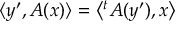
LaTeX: \langle y ^ { \prime } , A ( x ) \rangle = \left\langle { } ^ { t } A ( y ^ { \prime } ) , x \right\rangle